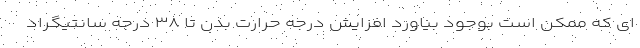
ای که ممکن است بوجود بیاورد افزایش درجه حرارت بدن تا ۳۸ درجه سانتیگراد